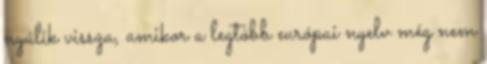
nyúlik vissza, amikor a legtöbb európai nyelv még nem